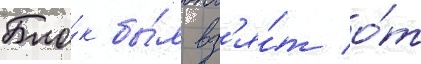
Бло́к бы́л вз'я́т о́т